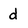
Character: d